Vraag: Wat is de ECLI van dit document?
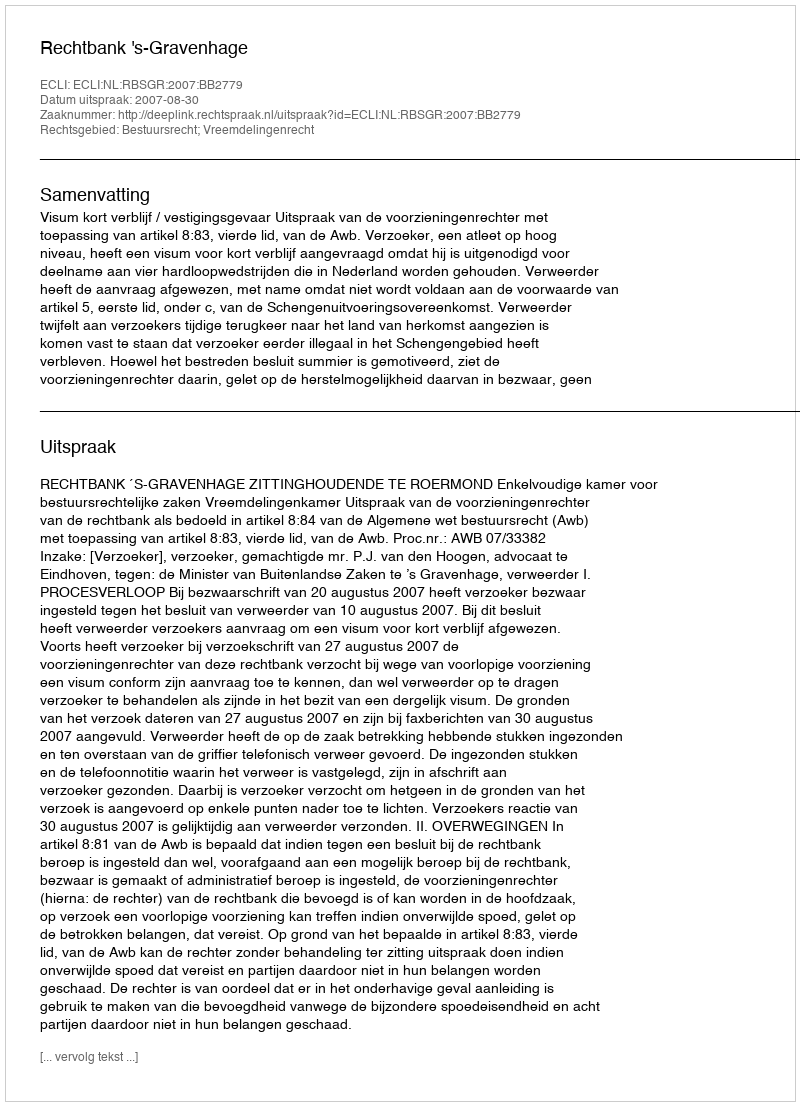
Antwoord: ECLI:NL:RBSGR:2007:BB2779